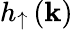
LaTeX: h_{\uparrow}\left(\mathbf{k}\right)